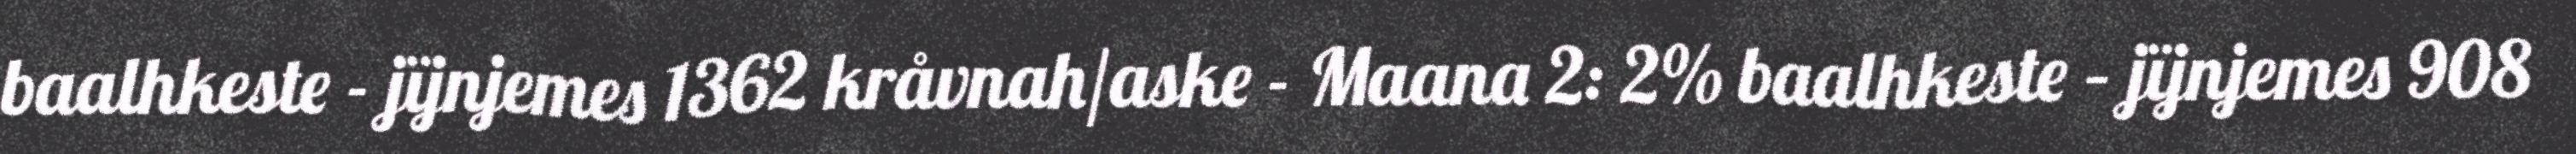
baalhkeste - jïjnjemes 1362 kråvnah/aske - Maana 2: 2% baalhkeste – jïjnjemes 908